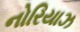
નોરિયાઝ